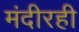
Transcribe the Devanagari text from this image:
मंदीरही